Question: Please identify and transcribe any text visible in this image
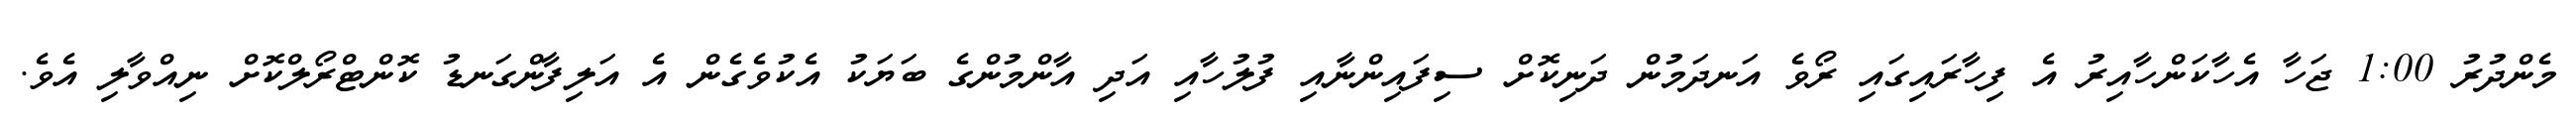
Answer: މެންދުރު 1:00 ޖަހާ އެހާކަންހާއިރު އެ ފިހާރައިގައި ރޯވެ އަނދަމުން ދަނިކޮށް ސިފައިންނާއި ފުލުހާއި އަދި އާންމުންގެ ބަޔަކު އެކުވެގެން އެ އަލިފާންގަނޑު ކޮންޓްރޯލްކޮށް ނިއްވާލި އެވެ.